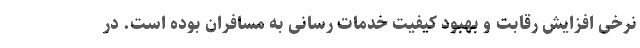
نرخی افزایش رقابت و بهبود کیفیت خدمات رسانی به مسافران بوده است. در